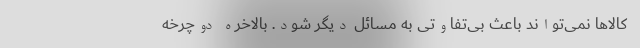
کالاها نمی‌تواند باعث بی‌تفاوتی به مسائل دیگر شود. بالاخره دوچرخه